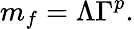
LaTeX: m_{f}=\Lambda\Gamma^{p}.